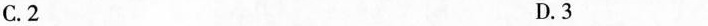
C.2 D.3